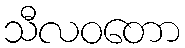
သီလဝတော